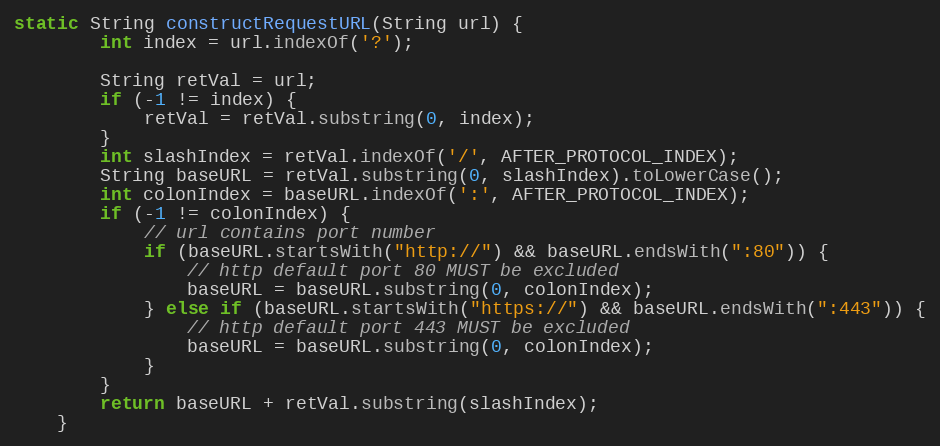
Language: Java
static String constructRequestURL(String url) {
        int index = url.indexOf('?');

        String retVal = url;
        if (-1 != index) {
            retVal = retVal.substring(0, index);
        }
        int slashIndex = retVal.indexOf('/', AFTER_PROTOCOL_INDEX);
        String baseURL = retVal.substring(0, slashIndex).toLowerCase();
        int colonIndex = baseURL.indexOf(':', AFTER_PROTOCOL_INDEX);
        if (-1 != colonIndex) {
            // url contains port number
            if (baseURL.startsWith("http://") && baseURL.endsWith(":80")) {
                // http default port 80 MUST be excluded
                baseURL = baseURL.substring(0, colonIndex);
            } else if (baseURL.startsWith("https://") && baseURL.endsWith(":443")) {
                // http default port 443 MUST be excluded
                baseURL = baseURL.substring(0, colonIndex);
            }
        }
        return baseURL + retVal.substring(slashIndex);
    }